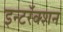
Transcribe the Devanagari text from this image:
इन्टरॅक्शन